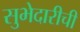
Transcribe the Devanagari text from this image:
सुभेदारीची